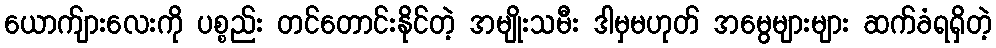
ယောက်ျားလေးကို ပစ္စည်း တင်တောင်းနိုင်တဲ့ အမျိုးသမီး ဒါမှမဟုတ် အမွေများများ ဆက်ခံရရှိတဲ့